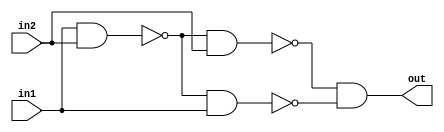
// Developed by: Aashi Srivastava
// TITLE: XNOR FROM NAND

module xnorfromnand (
    out, in1, in2
);
    input in1, in2;
    output out;
    wire wire1, wire2, wire3, wire4;

    nand n1(wire1, in1, in2);
    nand n2(wire2, wire1, in1);
    nand n3(wire3, wire1, in2);
    nand n4(wire4, wire3, wire2);
    nand n5(out, wire4, wire4);

    
endmodule